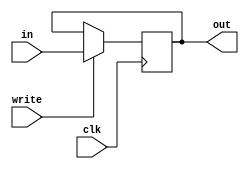
module fsm(clk, in, out, write);

   output [31:0] out;

   input write;
   input [31:0] in;
   input clk;

   reg [31:0] data;

   always @(negedge clk) begin
      if (write)
         data <= in;
   end

   assign out = data;

endmodule